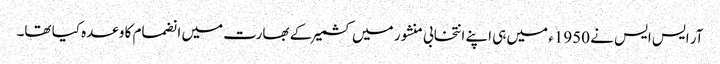
آر ایس ایس نے 1950ء میں ہی اپنے انتخابی منشور میں کشمیر کے بھارت میں انضمام کا وعدہ کیا تھا۔